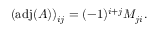
( \operatorname { a d j } ( A ) ) _ { i j } = ( - 1 ) ^ { i + j } M _ { j i } .